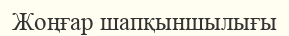
Жоңғар шапқыншылығы